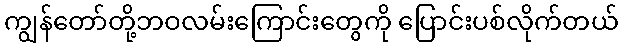
ကျွန်တော်တို့ဘဝလမ်းကြောင်းတွေကို ပြောင်းပစ်လိုက်တယ်